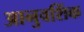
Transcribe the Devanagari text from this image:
आनुवशिंक